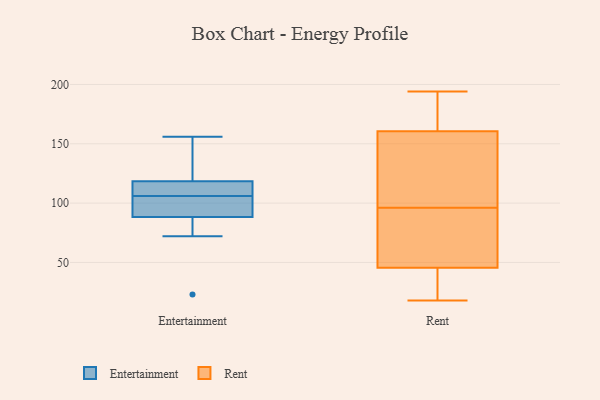
{"axis": {"x": "Active Users", "y": "Value"}, "legend": ["Entertainment", "Rent"], "data": [{"x": "", "y": 115, "type": "Entertainment"}, {"x": "", "y": 106, "type": "Entertainment"}, {"x": "", "y": 119, "type": "Entertainment"}, {"x": "", "y": 117, "type": "Entertainment"}, {"x": "", "y": 156, "type": "Entertainment"}, {"x": "", "y": 88, "type": "Entertainment"}, {"x": "", "y": 145, "type": "Entertainment"}, {"x": "", "y": 89, "type": "Entertainment"}, {"x": "", "y": 23, "type": "Entertainment"}, {"x": "", "y": 94, "type": "Entertainment"}, {"x": "", "y": 72, "type": "Entertainment"}, {"x": "", "y": 21, "type": "Rent"}, {"x": "", "y": 154, "type": "Rent"}, {"x": "", "y": 166, "type": "Rent"}, {"x": "", "y": 47, "type": "Rent"}, {"x": "", "y": 71, "type": "Rent"}, {"x": "", "y": 94, "type": "Rent"}, {"x": "", "y": 98, "type": "Rent"}, {"x": "", "y": 155, "type": "Rent"}, {"x": "", "y": 44, "type": "Rent"}, {"x": "", "y": 18, "type": "Rent"}, {"x": "", "y": 189, "type": "Rent"}, {"x": "", "y": 194, "type": "Rent"}]}